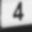
Digit: 4